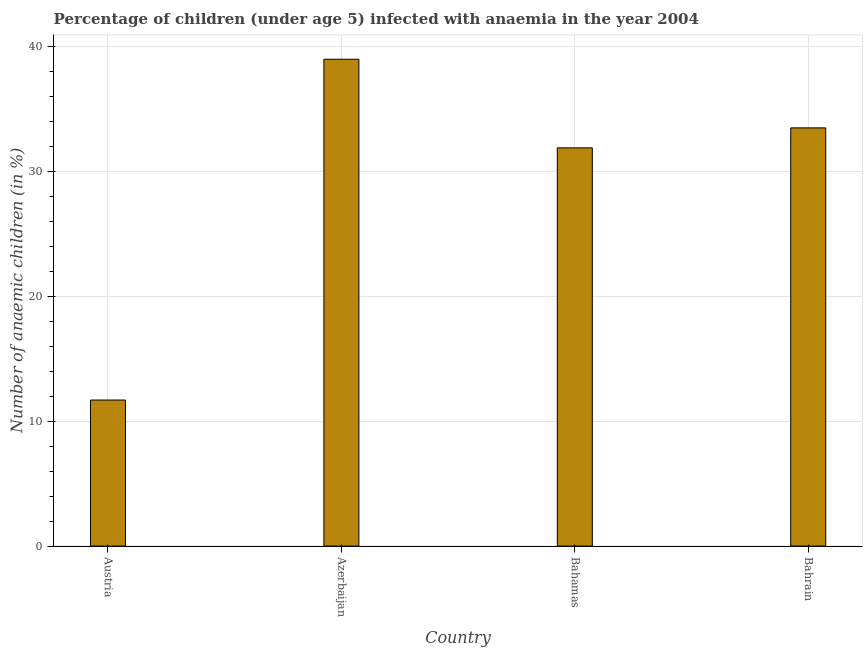
| Country | Prevalence of anemia among children |
 | --- | --- |
 | Austria | 11.7 |
 | Azerbaijan | 39 |
 | Bahamas | 31.9 |
 | Bahrain | 33.5 |